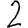
Digit: 2